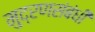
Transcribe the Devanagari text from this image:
मुद्रणसंबंधी